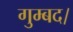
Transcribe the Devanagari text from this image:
गुम्बद।